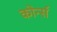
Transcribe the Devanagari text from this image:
कोर्न्स